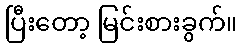
ပြီးတော့ မြင်းစားခွက်။